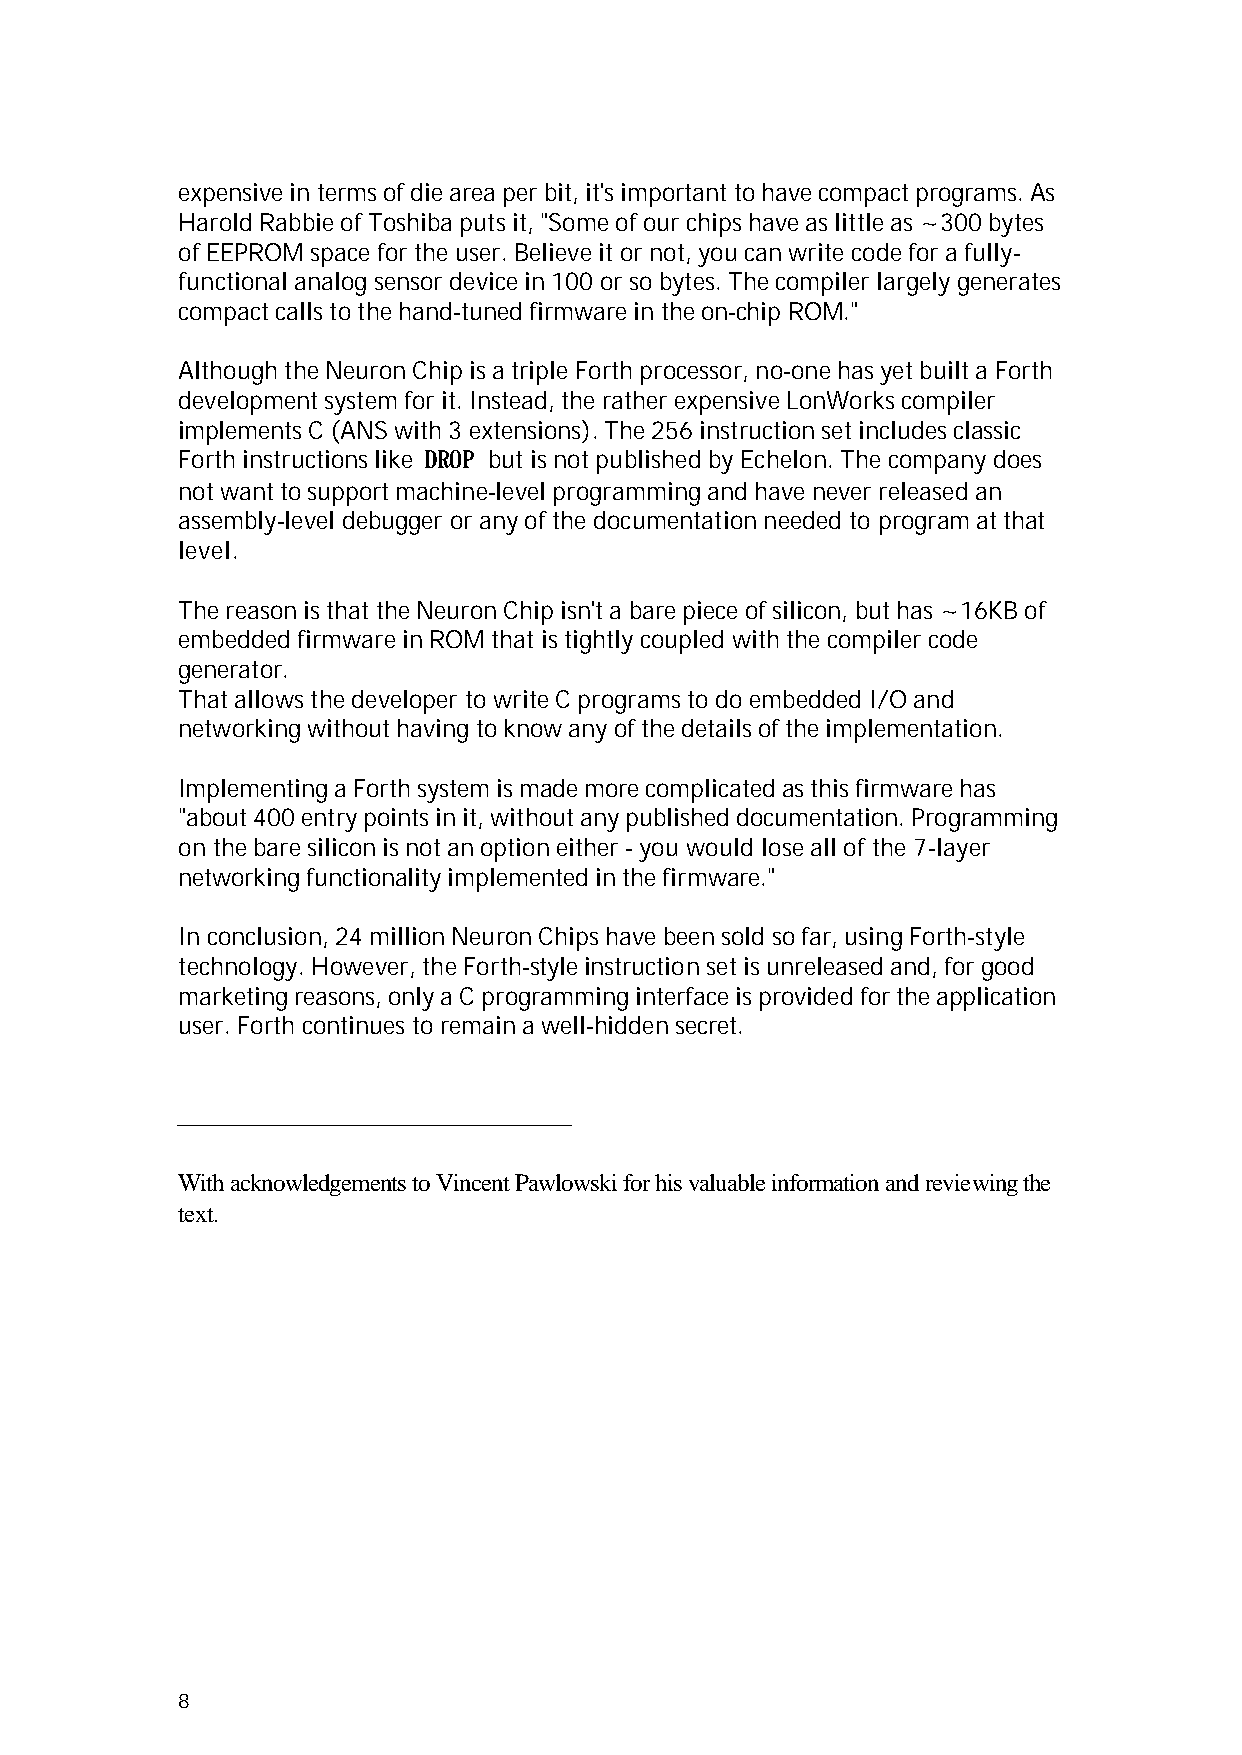
expensive in terms of die area per bit, it's important to have compact programs. As
 Harold Rabbie of Toshiba puts it, "Some of our chips have as little as ~300 bytes
 of EEPROM space for the user. Believe it or not, you can write code for a fully-
 functional analog sensor device in 100 or so bytes. The compiler largely generates
 compact calls to the hand-tuned firmware in the on-chip ROM."
 Although the Neuron Chip is a triple Forth processor, no-one has yet built a Forth
 development system for it. Instead, the rather expensive LonWorks compiler
 implements C (ANS with 3 extensions). The 256 instruction set includes classic
 Forth instructions like DROP but is not published by Echelon. The company does
 not want to support machine-level programming and have never released an
 assembly-level debugger or any of the documentation needed to program at that
 level.
 The reason is that the Neuron Chip isn't a bare piece of silicon, but has ~16KB of
 embedded firmware in ROM that is tightly coupled with the compiler code
 generator.
 That allows the developer to write C programs to do embedded I/O and
 networking without having to know any of the details of the implementation.
 Implementing a Forth system is made more complicated as this firmware has
 "about 400 entry points in it, without any published documentation. Programming
 on the bare silicon is not an option either - you would lose all of the 7-layer
 networking functionality implemented in the firmware."
 In conclusion, 24 million Neuron Chips have been sold so far, using Forth-style
 technology. However, the Forth-style instruction set is unreleased and, for good
 marketing reasons, only a C programming interface is provided for the application
 user. Forth continues to remain a well-hidden secret.
 With acknowledgements to Vincent Pawlowski for his valuable information and reviewing the
 text.
 8